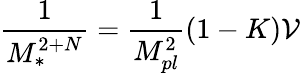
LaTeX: \frac{1}{M_{\ast}^{2+N}}=\frac{1}{M_{pl}^{2}}(1-K){\cal V}